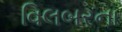
વિલબરના